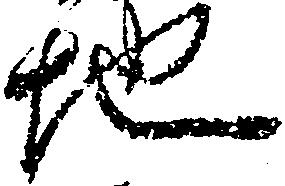
地